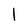
Character: 1